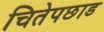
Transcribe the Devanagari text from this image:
चितेपछाड